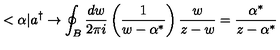
< \alpha | a ^ { \dagger } \rightarrow \oint _ { B } \frac { d w } { 2 \pi i } \left( \frac 1 { w - \alpha ^ { * } } \right) \frac w { z - w } = \frac { \alpha ^ { * } } { z - \alpha ^ { * } }